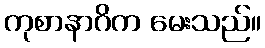
ကုစာနာဂိက မေးသည်။